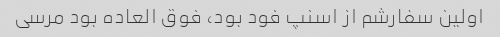
اولین سفارشم از اسنپ فود بود، فوق العاده بود مرسی